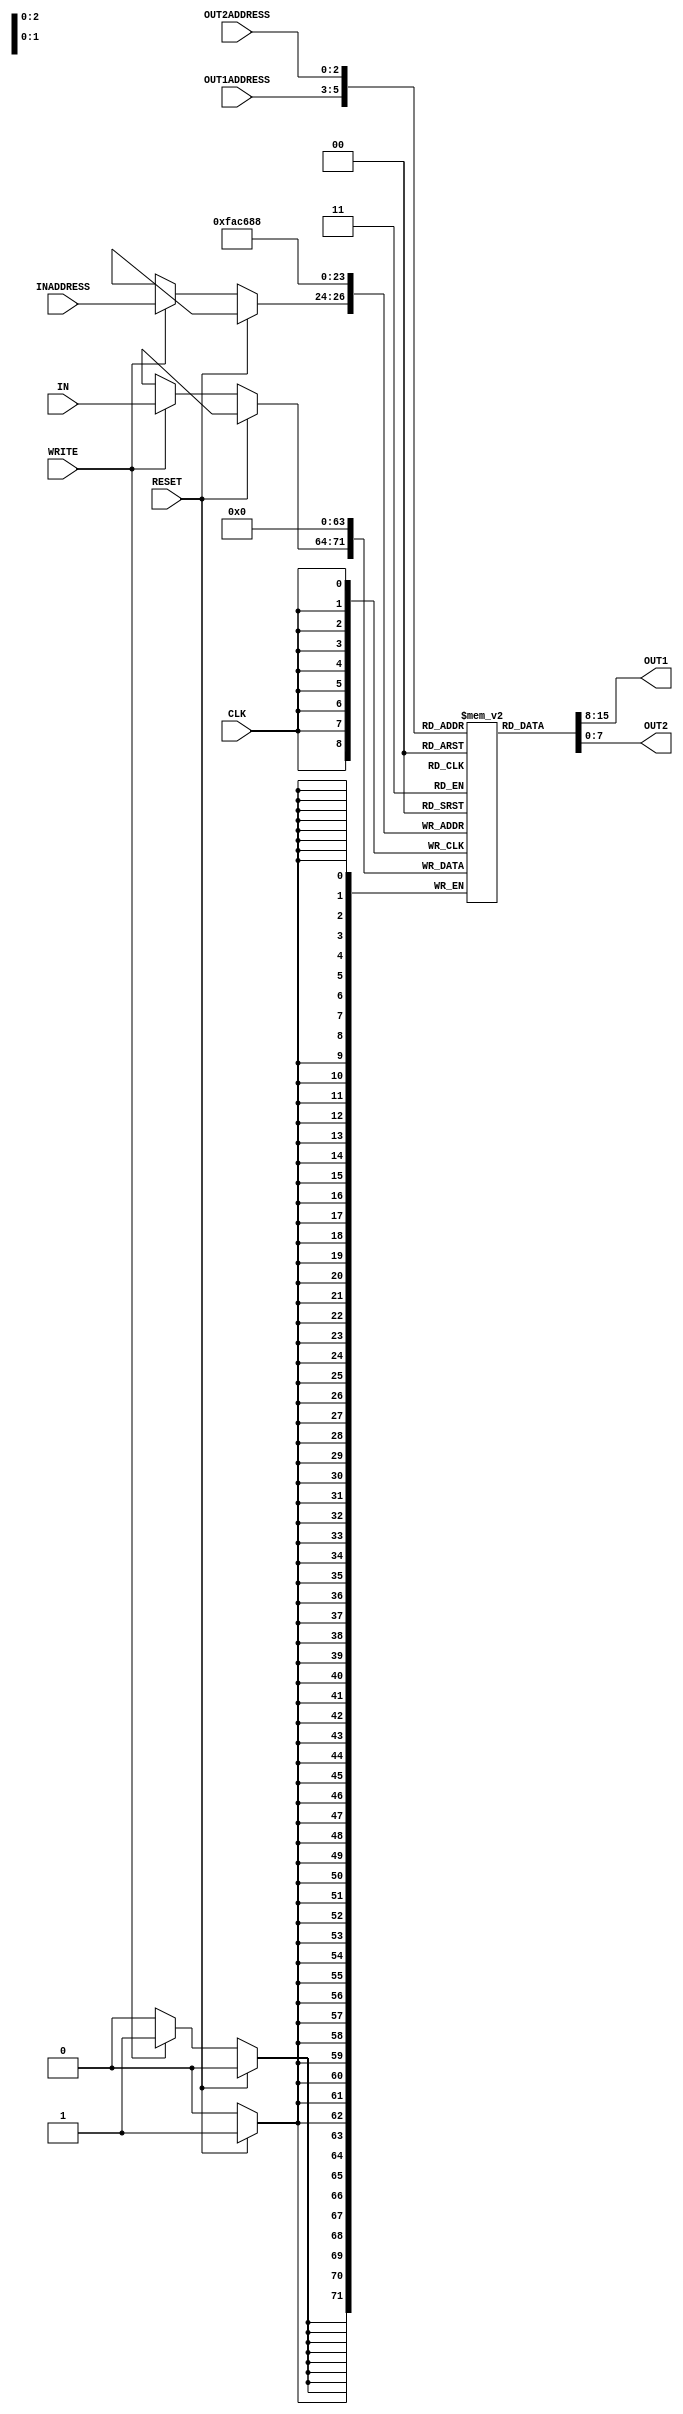
module reg_file(IN, OUT1, OUT2, INADDRESS, OUT1ADDRESS, OUT2ADDRESS, WRITE, CLK, RESET);
    // Declare input
    input [7:0] IN;
	input [2:0] INADDRESS, OUT1ADDRESS, OUT2ADDRESS;
	input WRITE, CLK, RESET;
    // Declare output
	output [7:0] OUT1, OUT2;
	
	
	
	// 8 x 8 register
	reg [7:0] REGISTER [7:0];

	//iterative variable
	integer i;
	
	
	//assigning the outputs
	assign #2 OUT1 = REGISTER[OUT1ADDRESS];		//assign the value that storesd in OUT1ADDRESS
	assign #2 OUT2 = REGISTER[OUT2ADDRESS];		//assign the value that storesd in OUT2ADDRESS
	
	
	always @ (posedge CLK)
	begin
		if (RESET == 1'b1)		
		begin		
			for (i = 0; i < 8; i = i + 1)			
			begin
				REGISTER[i] = 8'b00000000;		
			end			
		end
		else if (WRITE == 1'b1)			
		begin		
			#1 REGISTER[INADDRESS] = IN;			
		end		
	end	
    initial begin
	    $monitor($time, "\t%d\t%d\t%d\t%d\t%d\t%d\t%d\t%d", REGISTER[0], REGISTER[1],REGISTER[2],REGISTER[3],REGISTER[4],REGISTER[5],REGISTER[6],REGISTER[7]);        
    end
endmodule